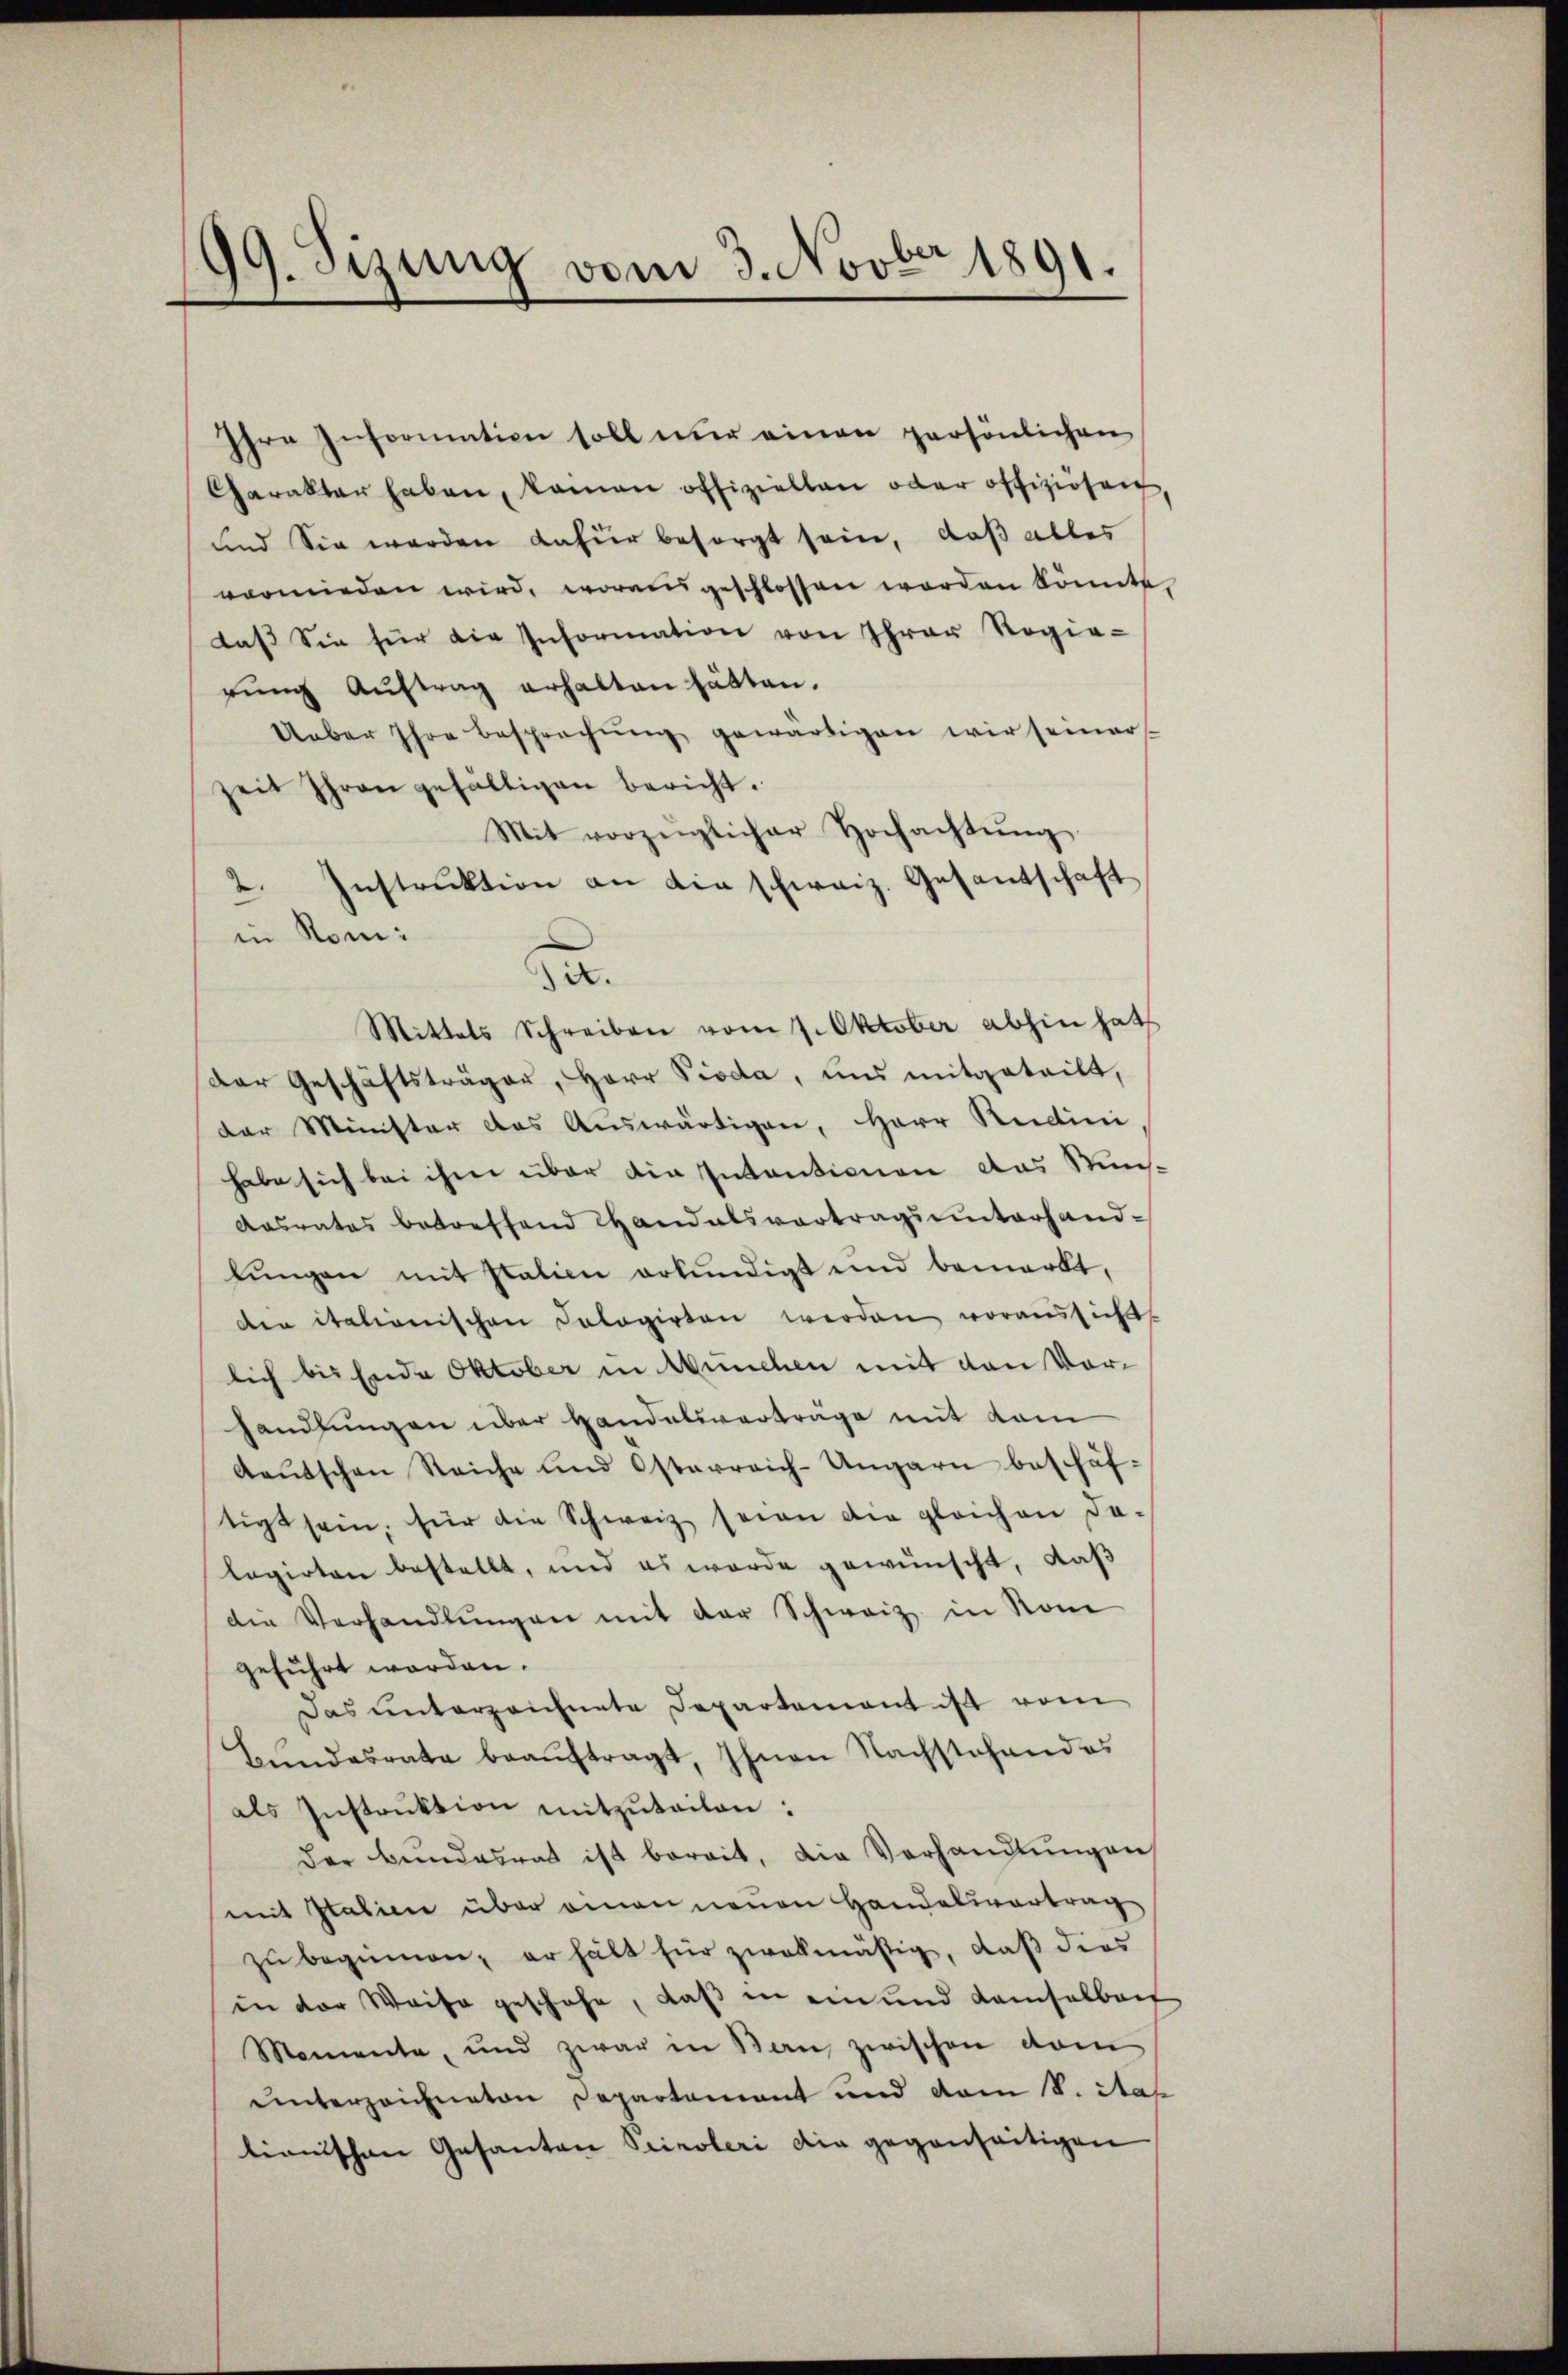
99. Sizung vom 3. Novber 1891.

Ihre Information soll nur einen persönlichen
Charakter haben, kamen offiziellen oder offiziösen,
und Sie werden dafür besorgt sein, daß alles
vermieden wird, worausgeschlossen worden könnte.
daß Sie für die Information von Ihrer Regie-
rŭng Aŭftrag erhalten hätten.
Ueber Ihre besprechung gewärtigen wir seiner
zeit Ihren gefältigen bericht.
Mit vorzüglicher Hochachtŭng
2. Instrŭktion an die schweiz. Gesantschaft
in Rom:
Mittels Schreiben vom 7. Oktober abhin hat
Der Geschäftsträger, Herr Pioda, uns mitgeteilt,
der Minister das Auswärtigen, Herr Rudini
habe sich bei ihm über die Intentionen das Mis¬
Aasrates betreffend Handelsvortragsunterhand-
lŭngen mit Italien erkundigt und bemerkt,
din italionischen Pologirten werden voraussicht
lich bis Ende Oktober in München mit den Vorhandlungen über Handelsverträge mit kam
Aaŭtschen Reiche und Osterreich-Ungarn beschäf-
tigt sein, für die Schweiz seien die gleichen da-
lagirten bestellt, und es wurde gewünscht, daß
die Verhandlŭngen mit der Schweiz in Som
geführt worden.
Das unterzeichnete Departement ist vom
Bundesrate beaŭftragt, Ihnen Nachstehendes
als Instruktion mitzŭteilen:
der Bundesrat ist bereit, die Verhandlungen
mit Italien über einen neuen Handelsvortrag
zŭ beginnen, er hält für zwekmäßig, daß dies
in der Weise geschehe, daß in ein und Kamsalbait
Momente, und zwar in Bau, zwischen vom
unterzeichneten Departement und vom 8. Rap
tionischen Gesanten Peiroleri die gegenseitigen

sit.